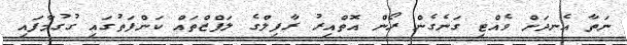
ނަތާ އެނދަށް ވެއްޓި ގަނެގެން ރޯން އޮތްއިރު ރާފިލްގެ ލަފްޒްތައް ކަންފަތުގައި ގުގުމާފައި